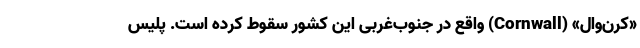
«کُرن‌وال» (Cornwall) واقع در جنوب‌غربی این کشور سقوط کرده است. پلیس